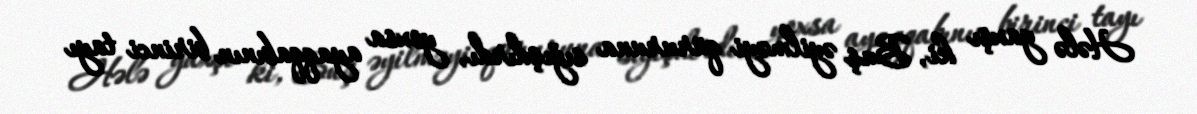
Hələ yaxşı ki, Buş əyilməyi qüruruna sığışdırdı, yoxsa ayaqqabının birinci tayı